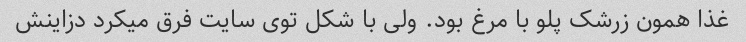
غذا همون زرشک پلو با مرغ بود. ولی با شکل توی سایت فرق میکرد دزاینش